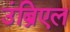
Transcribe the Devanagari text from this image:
उंब्रिएल